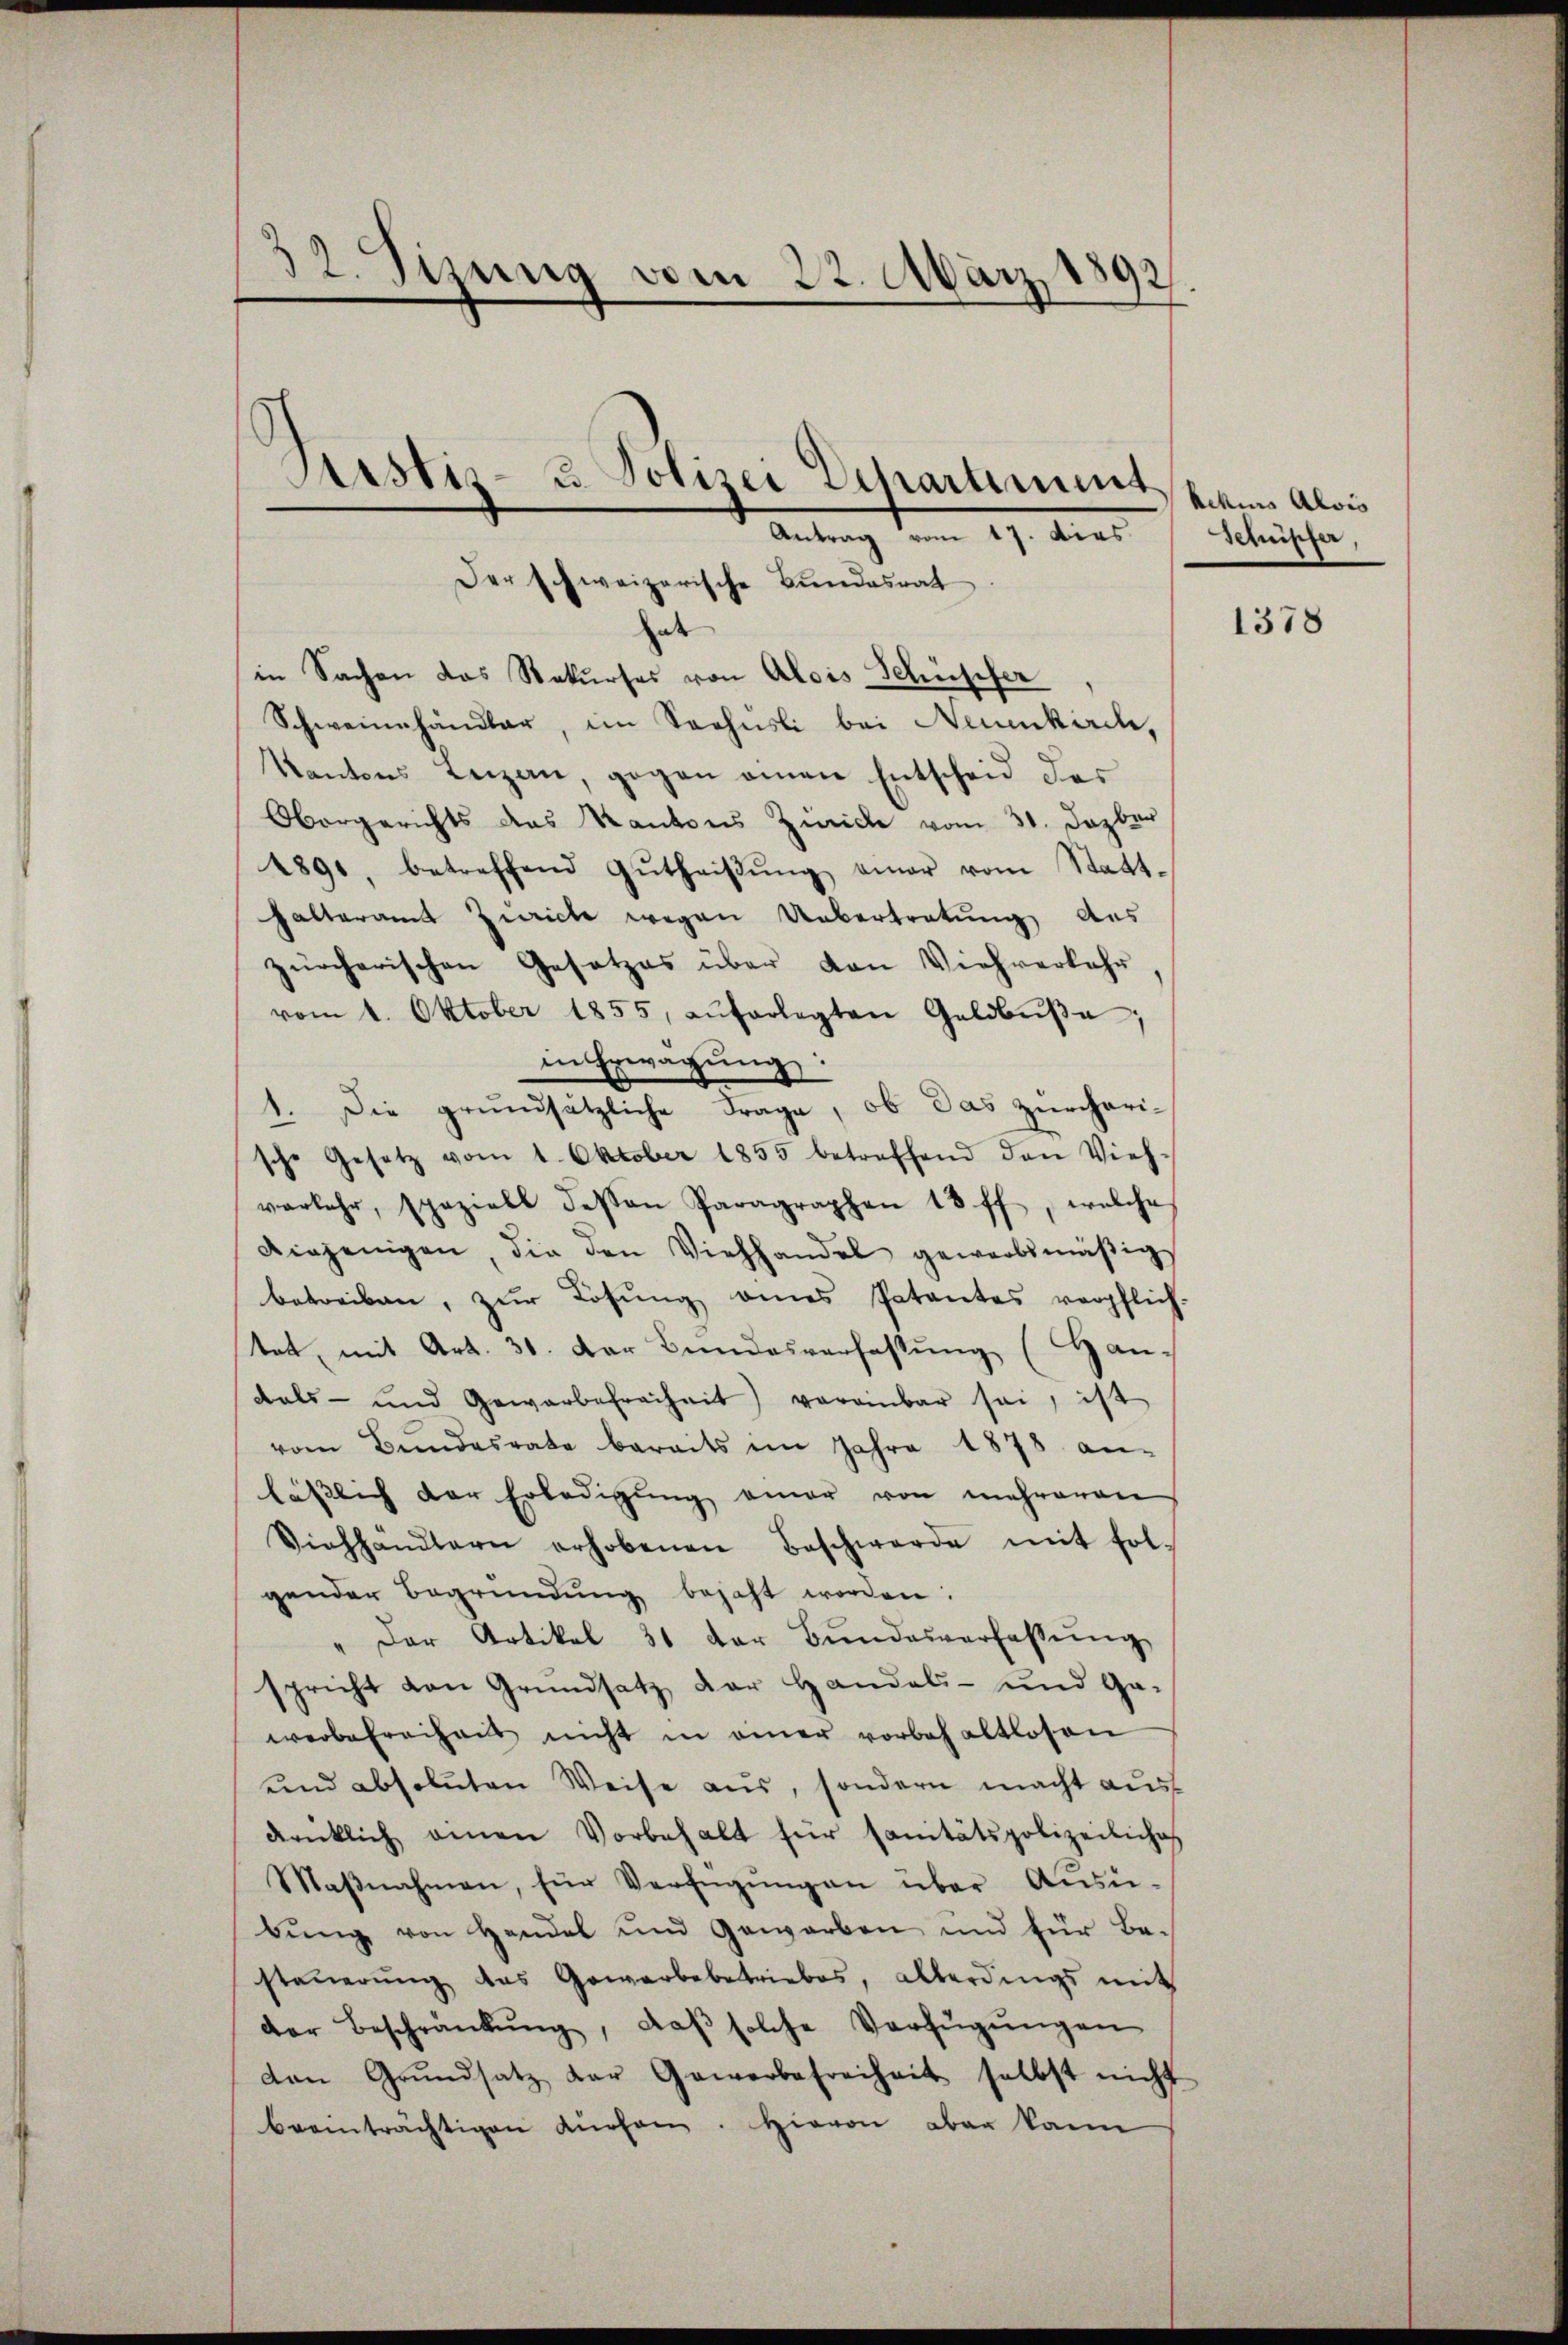
32. Sizung vom 22. März 1892
)
ustiz- u. Polizei Departiment
Antrag vom 17. Dies

Der schweizerische Bundesrat
de

in Sachen das Rekurses von Alois Schüpfer
Schweinhändler, im Sehnsli bei Neuenkirche,
Kantons Leizen, gegen einen Entscheid des
Obergerichts das Kantons Zürich vom 31. Jezber
1891, betreffend Gŭtheiβŭng einer vom Statt-
halteramt Zürich wegen Uebertretung des
zürcherischen Gesetzes über von Viehverkehr
vom 1. Oktober 1855, aŭferlegten Geldbŭβe;
in Erwägŭng:
1. Die grundsätzliche Frage, ob das zürcharische Gesetz vom 1. Oktober 1855 betreffend den Vieh-
verkehr, speziell dessen Paragraphen 13 ff., welche
Diejenigen, die den Viehhandel gewerbsmäβig
betreiben, zŭr Losung eines Patentes verpflich-
tat, mit Art. 31. Der Bundesverfassung (Han-
dals- und Gewerbefreiheit) vereinbar sei, ist
vom Bŭndesrate bereits im Jahre 1878 an-
lässlich der Erledigŭng einer von mehreren
Viehhandlern erhobenen Beschwerde mit fol-
gender Begründung bejaht worden:
" der Artikel 31 der Bŭndesverfassŭng
spricht von Grundsatz der Handels- und Ga-
werbefreiheit nicht in einer vorbehaltlosen
und absoluten Weise aus, sondern macht aus
drücklich einen Vorbehalt für sanitätspolizeiliche
Maβnahmen, für Verfügŭngen über Aŭsü-
bŭng von Handel und Geworben und für Be-
steŭerŭng das Gewerbebetriebes, allerdings mit
der Beschränkung, daβ solche Verfügŭngen
den Grŭndsatz der Gewerbefreiheit selbst nicht
beeinträchtigen dürfen. Hievon aber kann

Aekus Alois
Sehüpfer,

1378